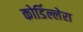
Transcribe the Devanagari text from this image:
कोर्डिल्लेरा